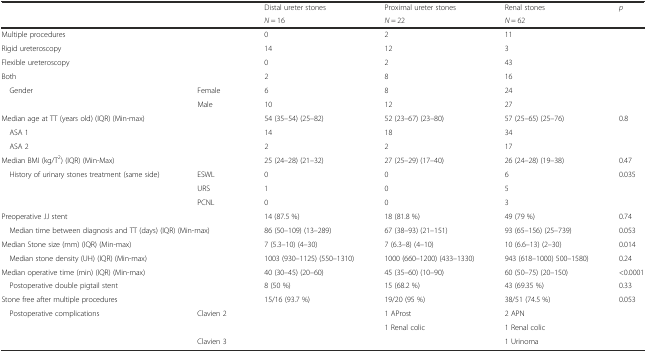
<table><thead><tr><td rowspan="2"></td><td rowspan="2"></td><td><b>Distal ureter stones</b></td><td><b>Proximal ureter stones</b></td><td><b>Renal stones</b></td><td rowspan="2"><b><i>p</i></b></td></tr><tr><td><b><i>N</i> = 16</b></td><td><b><i>N</i> = 22</b></td><td><b><i>N</i> = 62</b></td></tr></thead><tbody><tr><td>Multiple procedures</td><td></td><td>0</td><td>2</td><td>11</td><td></td></tr><tr><td colspan="2">Rigid ureteroscopy</td><td>14</td><td>12</td><td>3</td><td rowspan="3"></td></tr><tr><td colspan="2">Flexible ureteroscopy</td><td>0</td><td>2</td><td>43</td></tr><tr><td colspan="2">Both</td><td>2</td><td>8</td><td>16</td></tr><tr><td rowspan="2"> Gender</td><td>Female</td><td>6</td><td>8</td><td>24</td><td rowspan="2"></td></tr><tr><td>Male</td><td>10</td><td>12</td><td>27</td></tr><tr><td colspan="2">Median age at TT (years old) (IQR) (Min-max)</td><td>54 (35–54) (25–82)</td><td>52 (23–67) (23–80)</td><td>57 (25–65) (25–76)</td><td>0.8</td></tr><tr><td> ASA 1</td><td></td><td>14</td><td>18</td><td>34</td><td rowspan="2"></td></tr><tr><td> ASA 2</td><td></td><td>2</td><td>2</td><td>17</td></tr><tr><td colspan="2">Median BMI (kg/T<sup>2</sup>) (IQR) (Min-Max)</td><td>25 (24–28) (21–32)</td><td>27 (25–29) (17–40)</td><td>26 (24–28) (19–38)</td><td>0.47</td></tr><tr><td rowspan="3"> History of urinary stones treatment (same side)</td><td>ESWL</td><td>0</td><td>0</td><td>6</td><td rowspan="3">0.035</td></tr><tr><td>URS</td><td>1</td><td>0</td><td>5</td></tr><tr><td>PCNL</td><td>0</td><td>0</td><td>3</td></tr><tr><td colspan="2">Preoperative JJ stent</td><td>14 (87.5 %)</td><td>18 (81.8 %)</td><td>49 (79 %)</td><td>0.74</td></tr><tr><td colspan="2"> Median time between diagnosis and TT (days) (IQR) (Min-max)</td><td>86 (50–109) (13–289)</td><td>67 (38–93) (21–151)</td><td>93 (65–156) (25–739)</td><td>0.053</td></tr><tr><td colspan="2">Median Stone size (mm) (IQR) (Min-max)</td><td>7 (5.3–10) (4–30)</td><td>7 (6.3–8) (4–10)</td><td>10 (6.6–13) (2–30)</td><td>0.014</td></tr><tr><td> Median stone density (UH) (IQR) (Min-max)</td><td></td><td>1003 (930–1125) (550–1310)</td><td>1000 (660–1200) (433–1330)</td><td>943 (618–1000) 500–1580)</td><td>0.24</td></tr><tr><td>Median operative time (min) (IQR) (Min-max)</td><td></td><td>40 (30–45) (20–60)</td><td>45 (35–60) (10–90)</td><td>60 (50–75) (20–150)</td><td>&lt;0.0001</td></tr><tr><td colspan="2"> Postoperative double pigtail stent</td><td>8 (50 %)</td><td>15 (68.2 %)</td><td>43 (69.35 %)</td><td>0.33</td></tr><tr><td colspan="2">Stone free after multiple procedures</td><td>15/16 (93.7 %)</td><td>19/20 (95 %)</td><td>38/51 (74.5 %)</td><td>0.053</td></tr><tr><td rowspan="3"> Postoperative complications</td><td rowspan="2">Clavien 2</td><td rowspan="2"></td><td>1 AProst</td><td>2 APN</td><td rowspan="2"></td></tr><tr><td>1 Renal colic</td><td>1 Renal colic</td></tr><tr><td>Clavien 3</td><td></td><td></td><td>1 Urinoma</td><td></td></tr></tbody></table>